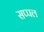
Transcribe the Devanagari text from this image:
सप्पल